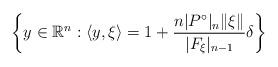
LaTeX: \begin{align*}\left\{y\in\mathbb{R}^{n}:\langle y, \xi\rangle=1+\frac{n|P^{\circ}|_n\|\xi\|}{|F_{\xi}|_{n-1}}\delta\right\}\end{align*}